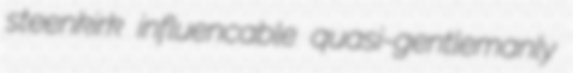
steenkirk influencable quasi-gentlemanly